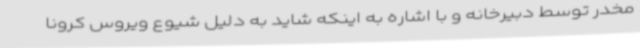
مخدر توسط دبیرخانه و با اشاره به اینکه شاید به دلیل شیوع ویروس کرونا